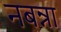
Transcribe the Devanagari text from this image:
नबन्ना